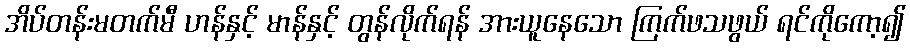
အိပ်တန်းမတက်မီ ဟန်နှင့် မာန်နှင့် တွန်လိုက်ရန် အားယူနေသော ကြက်ဖသဖွယ် ရင်ကိုကော့၍